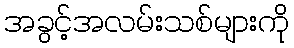
အခွင့်အလမ်းသစ်များကို